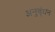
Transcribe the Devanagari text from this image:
अनुब्ंधन